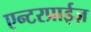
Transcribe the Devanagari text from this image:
एन्टरप्राईज़